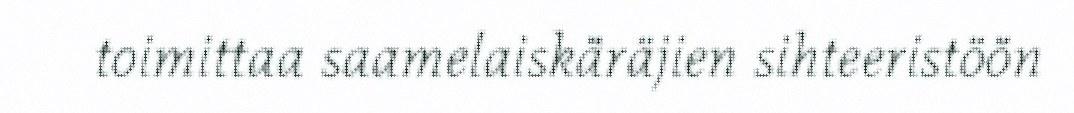
toimittaa saamelaiskäräjien sihteeristöön